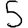
Digit: 5